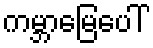
ကမ္ဘာမြေပေါ်